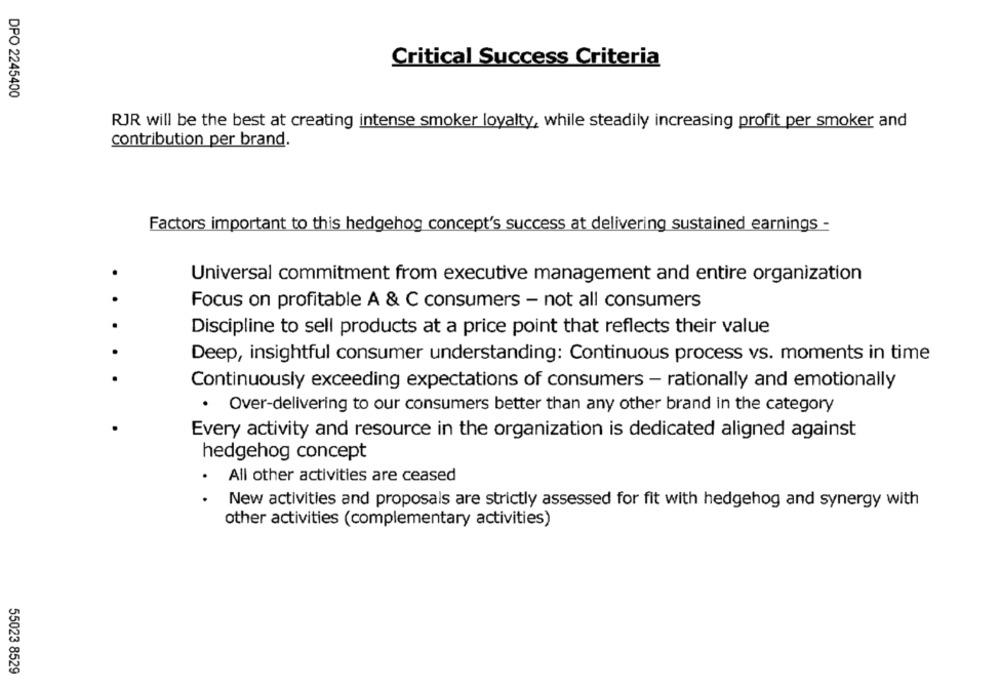
Critical Success Criteria
DPO 2245400
RJR will be the best at creating intense smoker loyalty, while steadily increasing profit per smoker and
contribution per brand.
Factors important to this hedgehog concept's success at delivering sustained earnings -
.
Universal commitment from executive management and entire organization
.
Focus on profitable A & C consumers - not all consumers
.
Discipline to sell products at a price point that reflects their value
Deep, insightful consumer understanding: Continuous process vs. moments in time
Continuously exceeding expectations of consumers - rationally and emotionally
. Over-delivering to our consumers better than any other brand in the category
Every activity and resource in the organization is dedicated aligned against
hedgehog concept
All other activities are ceased
New activities and proposals are strictly assessed for fit with hedgehog and synergy with
other activities (complementary activities)
55023 8529